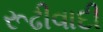
રૂઢીવાદી